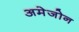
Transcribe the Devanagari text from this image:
अमेजोन